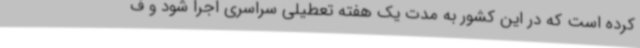
کرده است که در این کشور به مدت یک هفته تعطیلی سراسری اجرا شود و ف